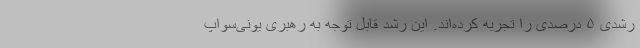
رشدی ۵ درصدی را تجربه کرده‌اند. این رشد قابل توجه به رهبری یونی‌سواپ